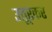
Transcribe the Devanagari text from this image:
उत्तूरकर